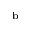
^ \mathrm { b }